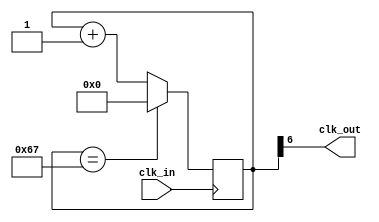
//-----------------------------------------------------------------------------
//-- Divisor de frecuencia generico
//-- (c) BQ. August 2015. written by Juan Gonzalez (obijuan)
//-----------------------------------------------------------------------------
//-- GPL license
//-----------------------------------------------------------------------------


//-- Entrada: clk_in. Seal original
//-- Salida: clk_out. Seal de frecuencia 1/M de la original
module divider(input wire clk_in, output wire clk_out);

//-- Parametro: Divisor
parameter M = 104;

//-- Numero de bits para almacenar el divisor
//-- Se calculan con la funcion de verilog $clog2, que nos devuelve el 
//-- numero de bits necesarios para representar el numero M
//-- Es un parametro local, que no se puede modificar al instanciar
localparam N = $clog2(M);

//-- Registro para implementar el contador modulo M
reg [N-1:0] divcounter = 0;

//-- Contador mdulo M
always @(posedge clk_in)
  divcounter <= (divcounter == M - 1) ? 0 : divcounter + 1;

//-- Sacar el bit mas significativo por clk_out
assign clk_out = divcounter[N-1];

endmodule